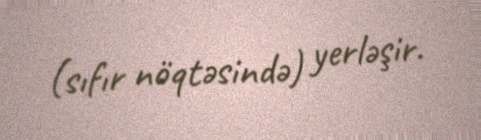
(sıfır nöqtəsində) yerləşir.